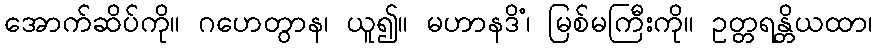
အောက်ဆိပ်ကို။ ဂဟေတွာန၊ ယူ၍။ မဟာနဒိံ၊ မြစ်မကြီးကို။ ဥတ္တရန္တိယထာ၊